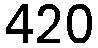
420